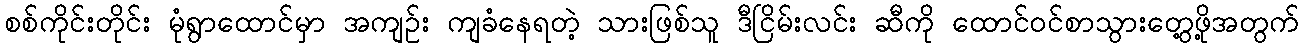
စစ်ကိုင်းတိုင်း မုံရွာထောင်မှာ အကျဉ်း ကျခံနေရတဲ့ သားဖြစ်သူ ဒီငြိမ်းလင်း ဆီကို ထောင်ဝင်စာသွားတွေ့ဖို့အတွက်